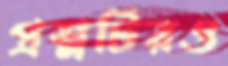
প্রশ্নটিরও